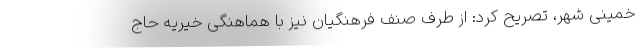
خمینی شهر، تصریح کرد: از طرف صنف فرهنگیان نیز با هماهنگی خیریه حاج